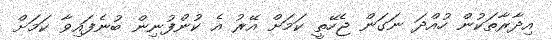
އިދާރާތަކުން ހުއްދަ ނަގަން ޖެހޭތީ ކަމަށް އޭރު އެ ކުންފުނިން ބުނެފައިވާ ކަމަށް